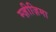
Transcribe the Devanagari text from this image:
म्ज़ीज़िमा